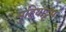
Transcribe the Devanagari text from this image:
मुडियाट्टम